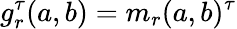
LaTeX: g_{r}^{\tau}(a,b)=m_{r}(a,b)^{\tau}